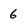
Character: 6